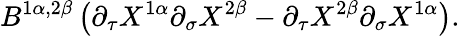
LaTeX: B^{1\alpha,2\beta}\left(\partial_{\tau}X^{1\alpha}\partial_{\sigma}X^{2\beta}-\partial_{\tau}X^{2\beta}\partial_{\sigma}X^{1\alpha}\right).